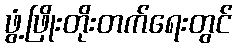
ဖွံ့ဖြိုးတိုးတက်ရေးတွင်